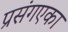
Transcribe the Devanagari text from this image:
प्रसंगएका